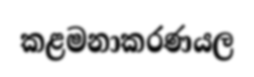
කළමනාකරණයල